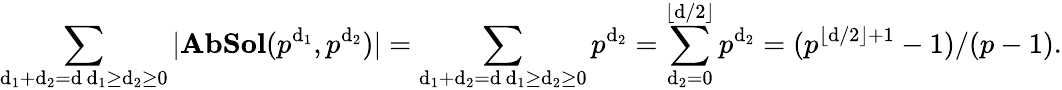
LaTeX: \sum_{\substack{\mathrm{d}_{1}+\mathrm{d}_{2}=\mathrm{d}\, \mathrm{d}_{1}\geq\mathrm{d}_{2}\geq0}}|\mathbf{{AbSol}}(p^{\mathrm{d}_{1}},p^{\mathrm{d}_{2}})|=\sum_{\substack{\mathrm{d}_{1}+\mathrm{d}_{2}=\mathrm{d}\, \mathrm{d}_{1}\geq\mathrm{d}_{2}\geq0}}p^{\mathrm{d}_{2}}=\sum_{\mathrm{d}_{2}=0}^{\lfloor\mathrm{d}/2\rfloor}p^{\mathrm{d}_{2}}=(p^{\lfloor\mathrm{d}/2\rfloor+1}-1)/(p-1).